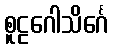
စူဠဂေါသိင်္ဂေ